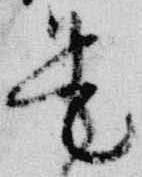
是